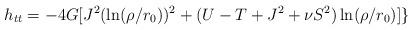
LaTeX: \begin{align*}h_{tt} = -4G[J^2 (\ln(\rho/r_0))^2 + (U - T +J^2 + \nu S^2)\ln(\rho/r_0)]\}\end{align*}